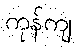
ကုန်ကျ